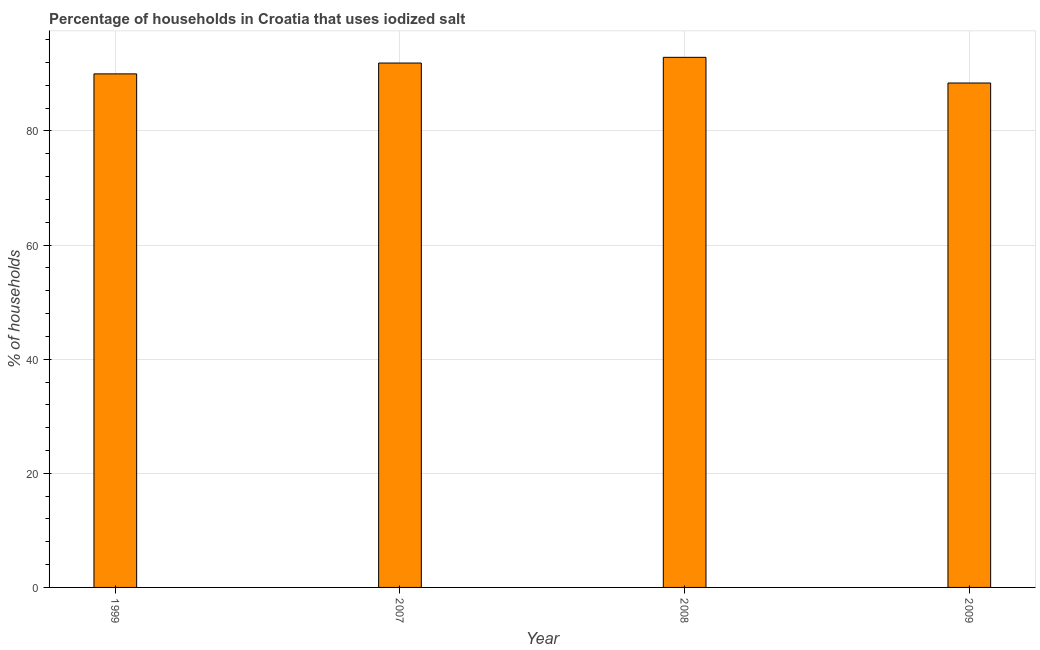
| Year | Consumption of iodized salt |
 | --- | --- |
 | 1999 | 90 |
 | 2007 | 91.9 |
 | 2008 | 92.9 |
 | 2009 | 88.4 |